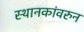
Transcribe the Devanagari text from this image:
स्थानकांवरुन